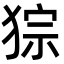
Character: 猔